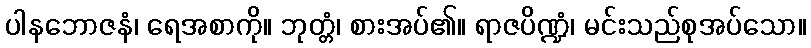
ပါနဘောဇနံ၊ ရေအစာကို။ ဘုတ္တံ၊ စားအပ်၏။ ရာဇပိဏ္ဍံ၊ မင်းသည်စုအပ်သော။